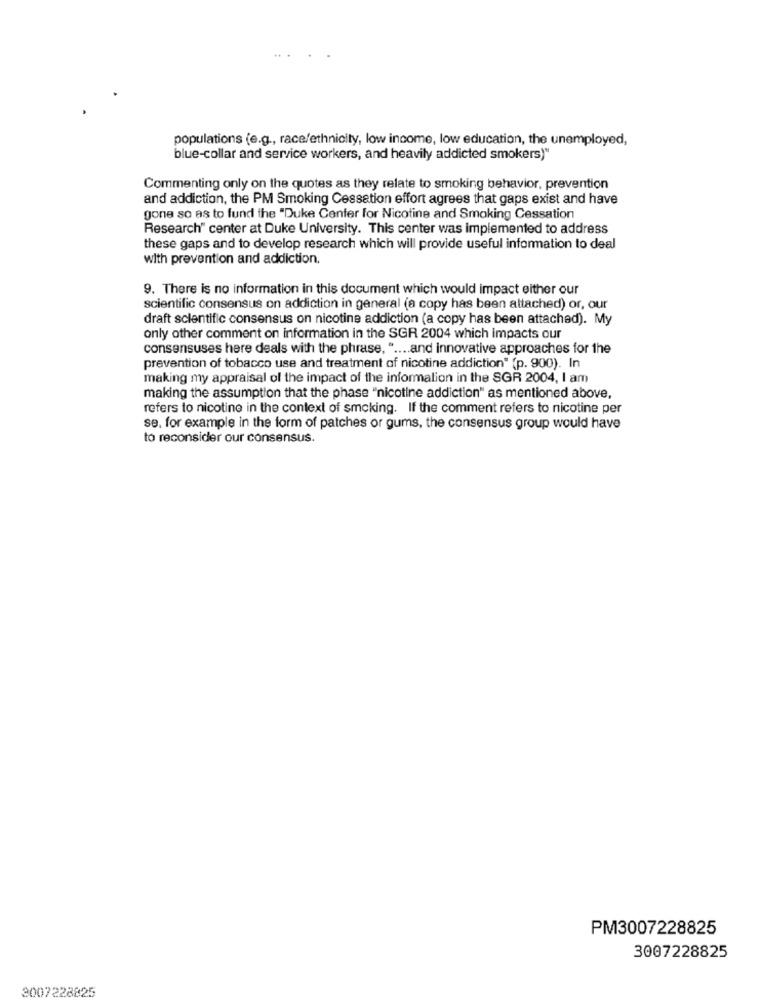
populations (e.g ., race/ethnicity, low income, low education, the unemployed,
blue-collar and service workers, and heavily addicted smokers)"
Commenting only on the quotes as they relate to smoking behavior, prevention
and addiction, the PM Smoking Cessation effort agrees that gaps exist and have
gone so as to fund the "Duke Center for Nicotine and Smoking Cessation
Research" center at Duke University. This center was implemented to address
these gaps and to develop research which will provide useful information to deal
with prevention and addiction.
9. There is no information in this document which would impact either our
scientific consensus on addiction in general (a copy has been attached) or, our
draft scientific consensus on nicotine addiction (a copy has been attached). My
only other comment on information in the SGR 2004 which impacts our
consensuses here deals with the phrase, " .... and innovative approaches for the
prevention of tobacco use and treatment of nicotine addiction" (p. 900). In
making my appraisal of the impact of the information in the SGR 2004, I am
making the assumption that the phase "nicotine addiction" as mentioned above,
refers to nicotine in the context of smoking. If the comment refers to nicotine per
se, for example in the form of patches or gums, the consensus group would have
to reconsider our consensus.
PM3007228825
3007228825
3007228825